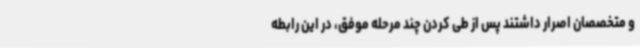
و متخصصان اصرار داشتند پس از طی کردن چند مرحله موفق، در این رابطه